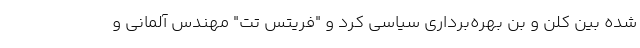
شده بین کلن و بن بهره‌برداری سیاسی کرد و "فریتس تت" مهندس آلمانی و